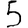
Digit: 5